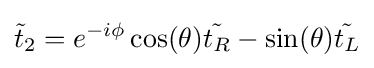
{\tilde {t}}_{2}=e^{-i\phi }\cos(\theta ){\tilde {t_{R}}}-\sin(\theta ){\tilde {t_{L}}}